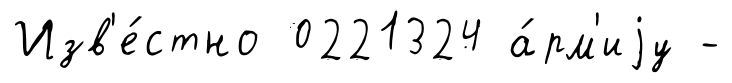
Изв'е́стно 0221324 а́рм'иjу -